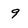
Character: 9